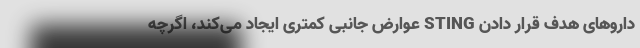
داروهای هدف قرار دادن STING عوارض جانبی کمتری ایجاد می‌کند، اگرچه